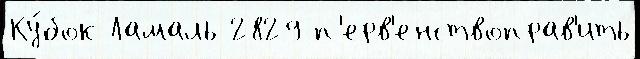
Ку́бок Ламаль 2829 п'ерв'енствоправ'ить